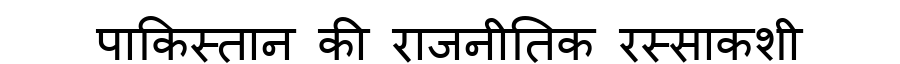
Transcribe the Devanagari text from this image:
पाकिस्तान की राजनीतिक रस्साकशी